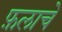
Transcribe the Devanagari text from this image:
फ़लाचे